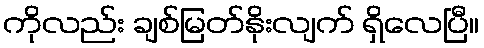
ကိုလည်း ချစ်မြတ်နိုးလျက် ရှိလေပြီ။